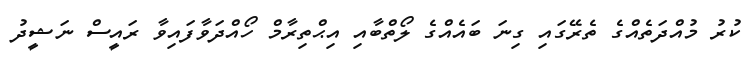
ކުރު މުއްދަތެއްގެ ތެރޭގައި ގިނަ ބައެއްގެ ލޯތްބާއި އިޙްތިރާމް ހޯއްދަވާފައިވާ ރައީސް ނަޝީދު